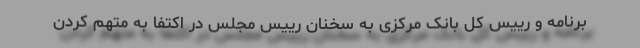
برنامه و رییس کل بانک مرکزی به سخنان رییس مجلس در اکتفا به متهم کردن